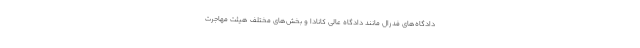
دادگاه‌های فدرال مانند دادگاه عالی کانادا و بخش‌های مختلف هیئت مهاجرت